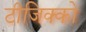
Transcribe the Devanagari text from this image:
टीजिक्को